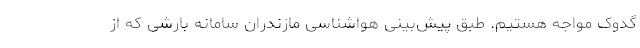
گدوک مواجه هستیم. طبق پیش‌بینی هواشناسی مازندران سامانه بارشی که از